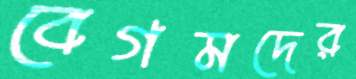
বেগমদের